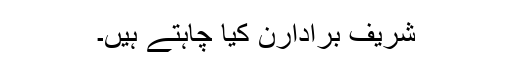
شریف برادارن کیا چاہتے ہیں۔